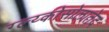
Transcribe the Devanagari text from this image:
ग्ल्य्कोसोलातेद